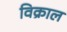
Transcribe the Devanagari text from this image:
विक्राल